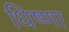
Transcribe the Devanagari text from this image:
धिष्णा